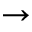
\rightarrow